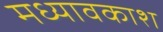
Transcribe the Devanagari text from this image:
मध्यावकाश